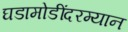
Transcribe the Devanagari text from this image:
घडामोडींदरम्यान